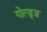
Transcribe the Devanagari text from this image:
गोल्ड्ज़